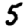
Digit: 5